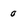
Character: 0